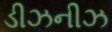
ડીઝનીઝ